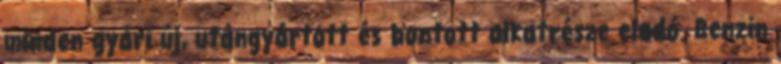
minden gyári új, utángyártott és bontott alkatrésze eladó. Benzin